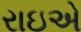
રાઇએ